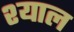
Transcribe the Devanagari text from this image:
श्याल